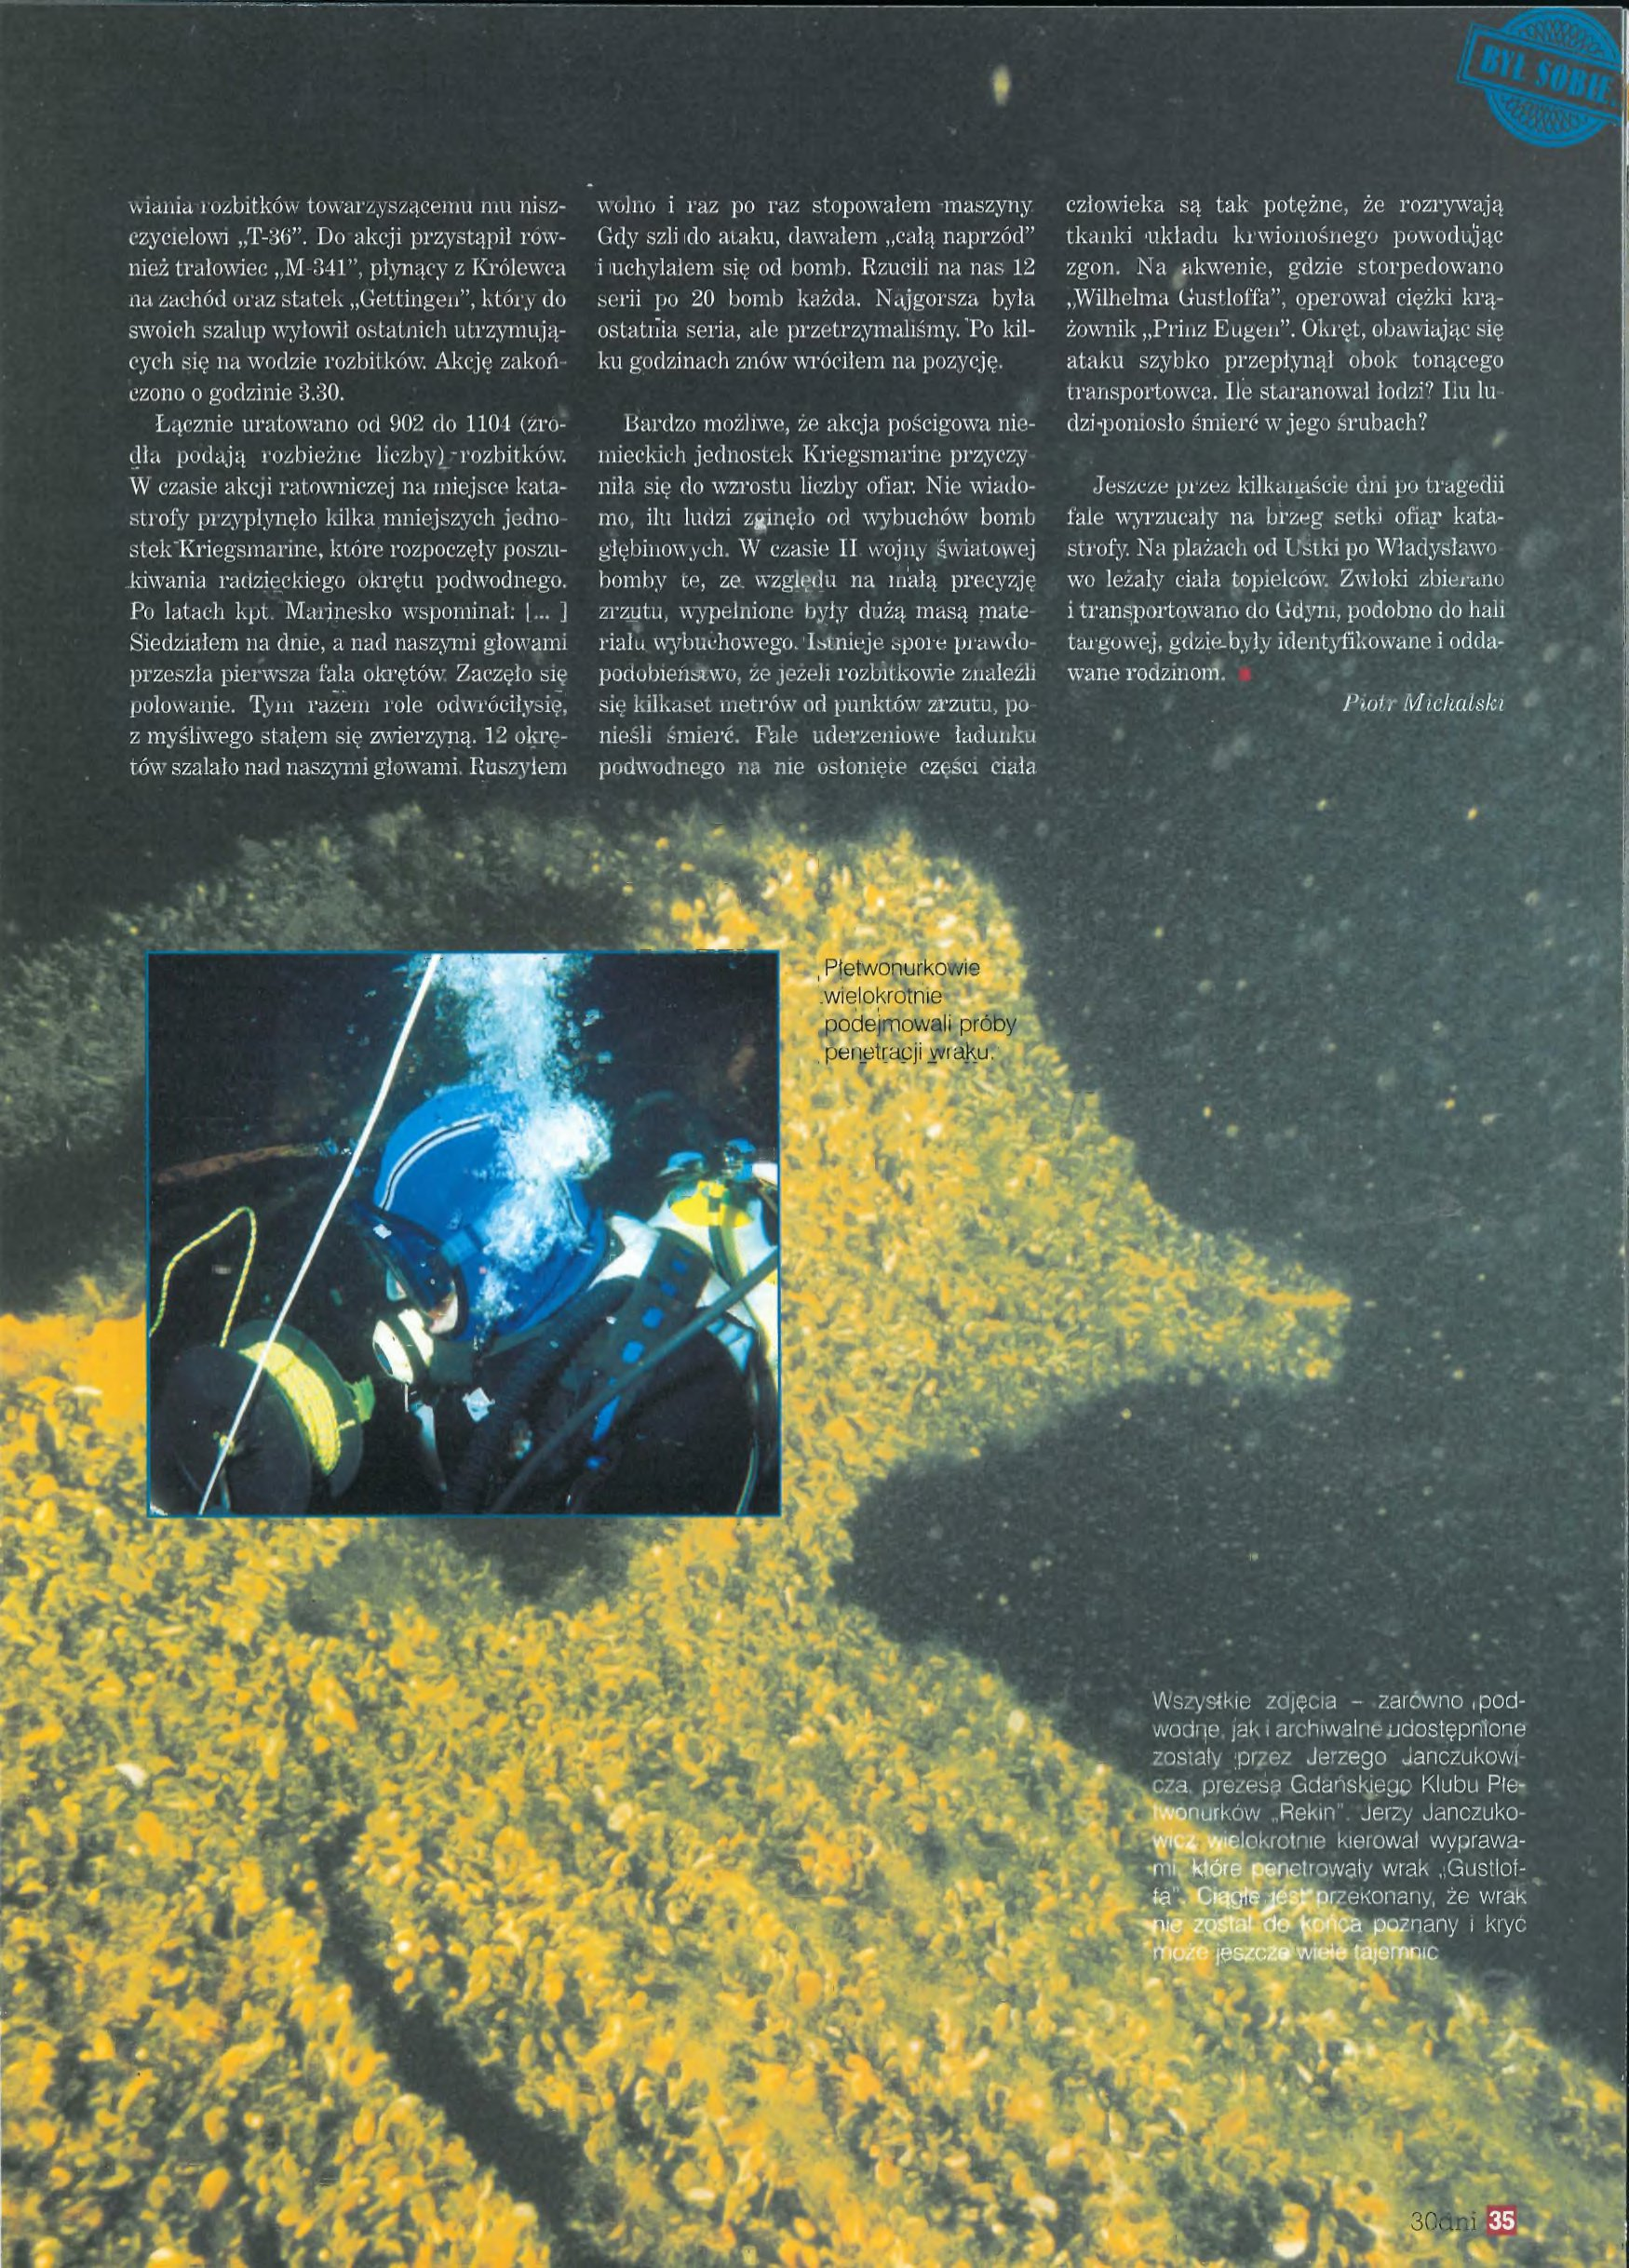
Language: pl